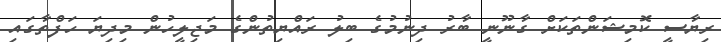
ރިޔާސީ ކޮމިޝަންތަކަށް ގާނޫނީ ބާރު ދިނުމުގެ ބިލު ރައްޔިތުންގެ މަޖިލީހުން މިދިޔަ ހަފްތާގައި